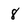
Character: 8